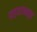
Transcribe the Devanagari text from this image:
पाड्याजवळून